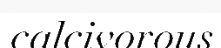
calcivorous